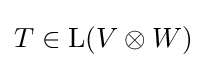
T\in \operatorname {L} (V\otimes W)